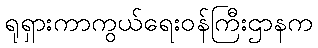
ရုရှားကာကွယ်ရေးဝန်ကြီးဌာနက